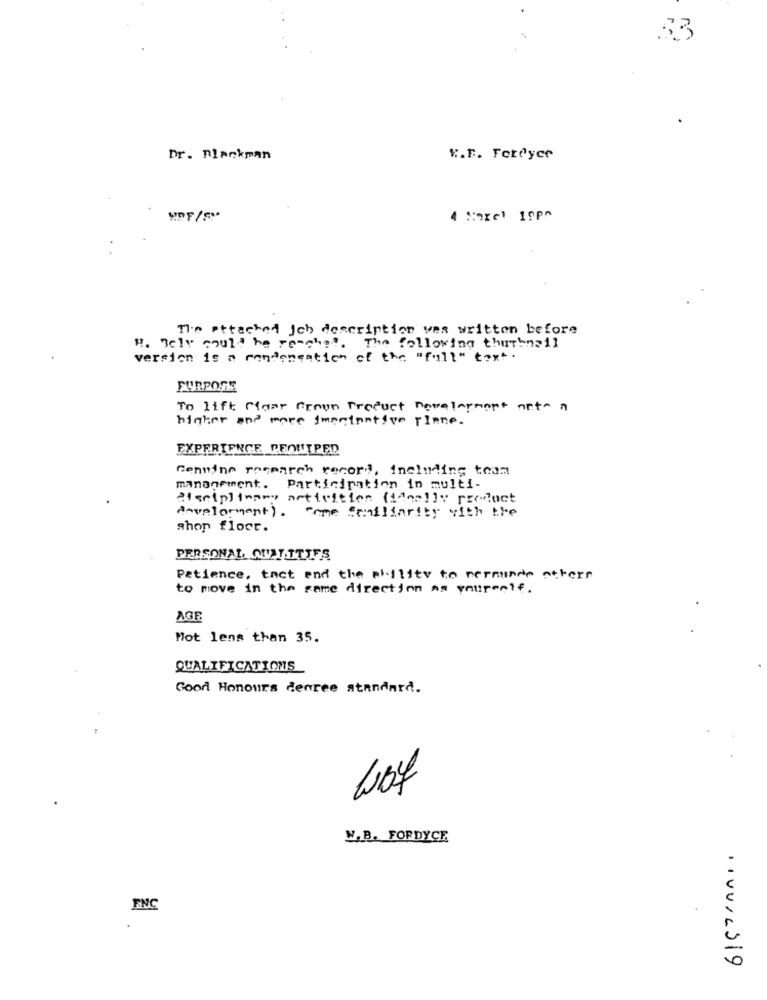
33
Dr. Blackman
K.E. Fordyce
4 Sorel 19p^
The attached Ich description was written before
H. Bely could he reaches. The following thumbnail
version is a condensation of the "full" text .
FURPOSE
To lift Maar Grown Product novalorment arte a
higher and more imeninative rinne.
EXPERIENCE REANTPED
Genuina posmarch record, including team
management. Participation in multi-
disciplinams activities (ideally recluct
Anvelomment). Come familiarity with the
shop floor.
PERSONAL QUALITIES
Patience, tact and the pillity to nerunde others
to move in the same direction as yourself.
AGE
Mot lens than 35.
QUALIFICATIONS
Good Honours derree standard.
W.B. FORDYCE
ENC
·IVU/ 4319